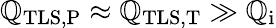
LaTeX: \mathbb{Q}_{\mathrm{{TLS,P}}}\approx\mathbb{Q}_{\mathrm{{TLS,T}}}\gg\mathbb{Q}_{\mathrm{{i}}}